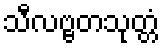
သီလဗ္ဗတသုတ္တံ